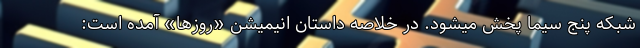
شبکه پنج سیما پخش میشود. در خلاصه داستان انیمیشن «روزها» آمده است: